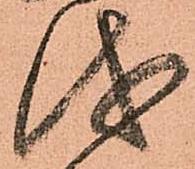
儀